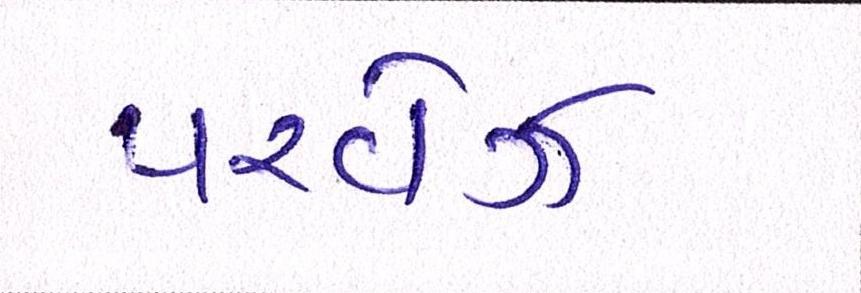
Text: પરવેઝ